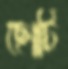
ছোটি